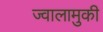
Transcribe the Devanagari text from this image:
ज्वालामुकी